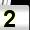
Digit: 2